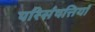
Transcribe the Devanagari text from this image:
परिसंपत्तियॉ